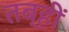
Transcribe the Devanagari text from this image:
तब्हीं